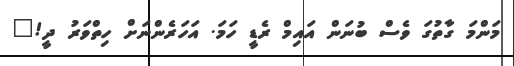
މަންމަ ގާތުގަ ވެސް ބުނަން އައިމް ރެޑީ ހަމަ. އަހަރެންނަށް ހިތްވަރު ދީ!"